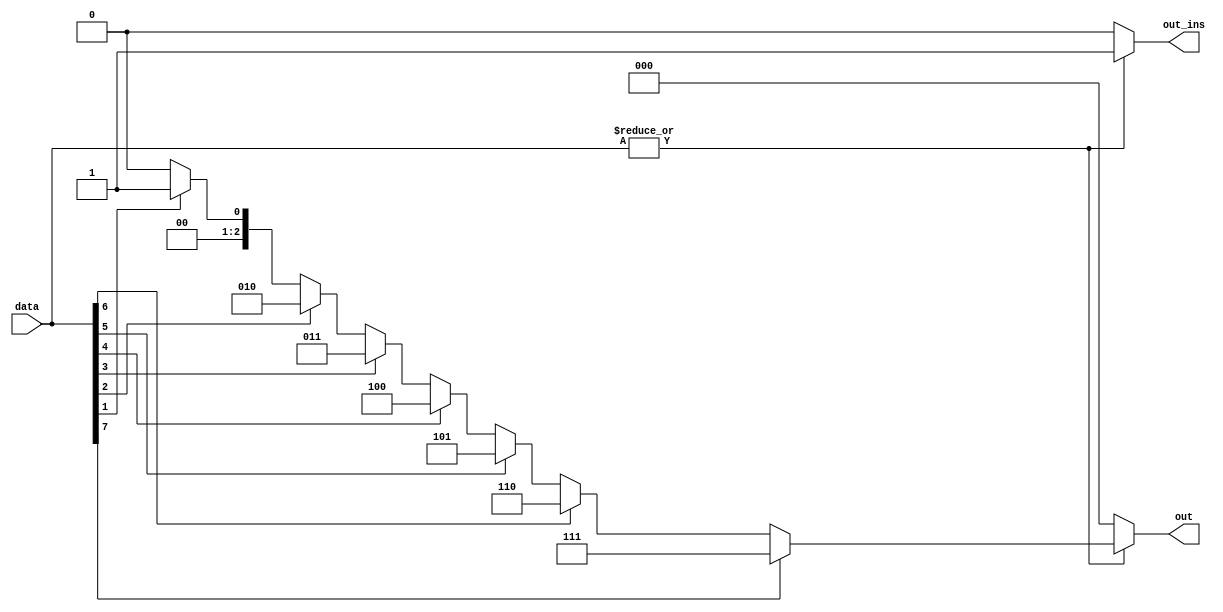
module priority_encoder(
		input [7:0] data,
		output reg [2:0] out,
		output out_ins
		);
		
		integer i;
		always @(*) begin
			if(!|data) begin
				out_ins = 0;
				out = 0;
				end
			else begin
				out_ins = 1;
				out = 0;

				for(i = 0; i <= 7; i =i + 1)
					if(data[i]) begin
						out = i[2:0];
					end
				end
		end	


endmodule